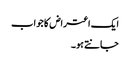
ایک اعتراض کا جواب
جانتے ہو۔